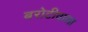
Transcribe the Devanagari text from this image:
बरोटीवाला